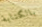
بالكتابة